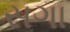
સગા